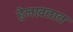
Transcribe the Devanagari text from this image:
हेलावतात